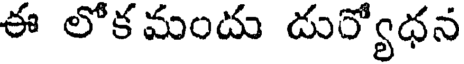
ఈ లోకమందు దుర్యోధన